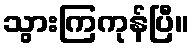
သွားကြကုန်ပြီ။